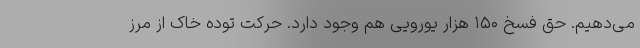
می‌دهیم. حق فسخ ۱۵۰ هزار یورویی هم وجود دارد. حرکت توده خاک از مرز